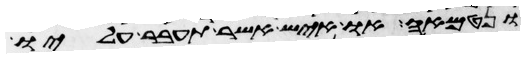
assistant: ונטמאה או איש אשר תעבר עליו